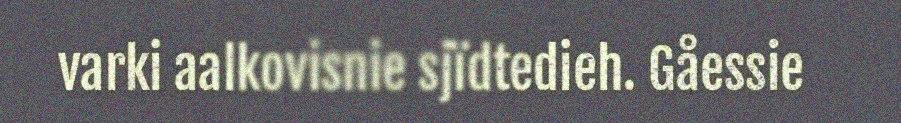
varki aalkovisnie sjïdtedieh. Gåessie